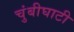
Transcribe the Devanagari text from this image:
चुंबीघाटी